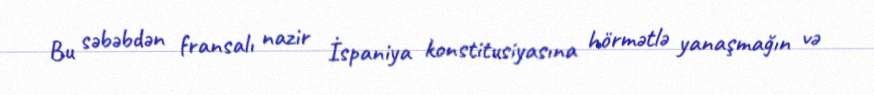
Bu səbəbdən fransalı nazir İspaniya konstitusiyasına hörmətlə yanaşmağın və